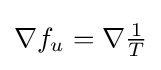
{\textstyle \nabla f_{u}=\nabla {\frac {1}{T}}}